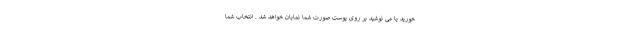
خورید یا می نوشید بر روی پوست صورت شما نمایان خواهد شد . انتخاب شما